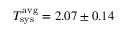
T _ { \mathrm { s y s } } ^ { \mathrm { a v g } } = 2 . 0 7 \pm 0 . 1 4